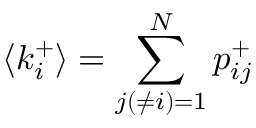
\langle k _ { i } ^ { + } \rangle = \sum _ { j ( \neq i ) = 1 } ^ { N } p _ { i j } ^ { + }